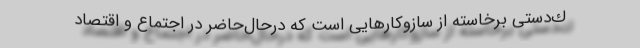
ك‌دستی برخاسته از سازوكارهایی است كه درحال‌حاضر در اجتماع و اقتصاد